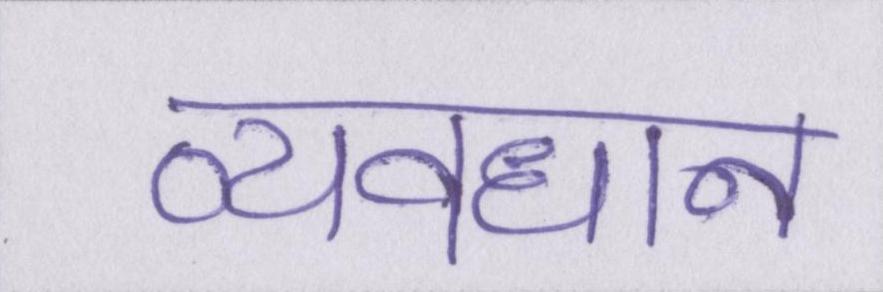
व्यवधान